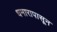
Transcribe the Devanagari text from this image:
धमारापासून